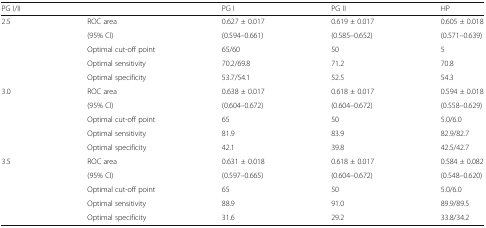
<table><thead><tr><td><b>PG I/II</b></td><td></td><td><b>PG I</b></td><td><b>PG II</b></td><td><b>HP</b></td></tr></thead><tbody><tr><td rowspan="5">2.5</td><td>ROC area</td><td>0.627 ± 0.017</td><td>0.619 ± 0.017</td><td>0.605 ± 0.018</td></tr><tr><td>(95% CI)</td><td>(0.594–0.661)</td><td>(0.585–0.652)</td><td>(0.571–0.639)</td></tr><tr><td>Optimal cut-off point</td><td>65/60</td><td>50</td><td>5</td></tr><tr><td>Optimal sensitivity</td><td>70.2/69.8</td><td>71.2</td><td>70.8</td></tr><tr><td>Optimal specificity</td><td>53.7/54.1</td><td>52.5</td><td>54.3</td></tr><tr><td rowspan="5">3.0</td><td>ROC area</td><td>0.638 ± 0.017</td><td>0.618 ± 0.017</td><td>0.594 ± 0.018</td></tr><tr><td>(95% CI)</td><td>(0.604–0.672)</td><td>(0.604–0.672)</td><td>(0.558–0.629)</td></tr><tr><td>Optimal cut-off point</td><td>65</td><td>50</td><td>5.0/6.0</td></tr><tr><td>Optimal sensitivity</td><td>81.9</td><td>83.9</td><td>82.9/82.7</td></tr><tr><td>Optimal specificity</td><td>42.1</td><td>39.8</td><td>42.5/42.7</td></tr><tr><td rowspan="5">3.5</td><td>ROC area</td><td>0.631 ± 0.018</td><td>0.618 ± 0.017</td><td>0.584 ± 0.082</td></tr><tr><td>(95% CI)</td><td>(0.597–0.665)</td><td>(0.604–0.672)</td><td>(0.548–0.620)</td></tr><tr><td>Optimal cut-off point</td><td>65</td><td>50</td><td>5.0/6.0</td></tr><tr><td>Optimal sensitivity</td><td>88.9</td><td>91.0</td><td>89.9/89.5</td></tr><tr><td>Optimal specificity</td><td>31.6</td><td>29.2</td><td>33.8/34.2</td></tr></tbody></table>